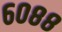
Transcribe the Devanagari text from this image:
६०८८